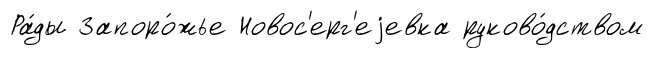
Ра́ды Запоро́жье Новос'ерг'еjевка руково́дством